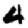
Digit: 4